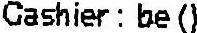
CASHIER : BE ()